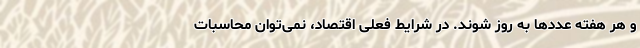
و هر هفته عددها به روز شوند. در شرایط فعلی اقتصاد، نمی‌توان محاسبات